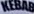
KEBAB